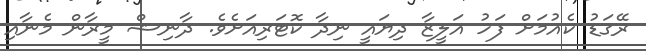
ރޭގަޑު ކެއުމަށް ފަހު އަލީޒާ ދިޔައީ ނިދާ ކޮޓަރިއަށެވެ. ދާނިޝް މީރާން މެނާއި